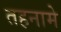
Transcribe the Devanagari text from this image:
तहनामे